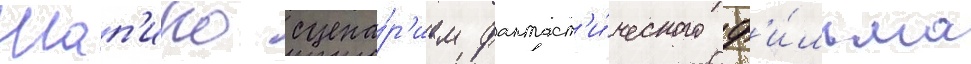
Шап'иро сцена́р'ием фантаст'и́ческого ф'и́льма